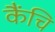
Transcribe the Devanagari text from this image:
कैंचि